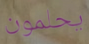
يحلمون